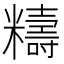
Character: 䊭